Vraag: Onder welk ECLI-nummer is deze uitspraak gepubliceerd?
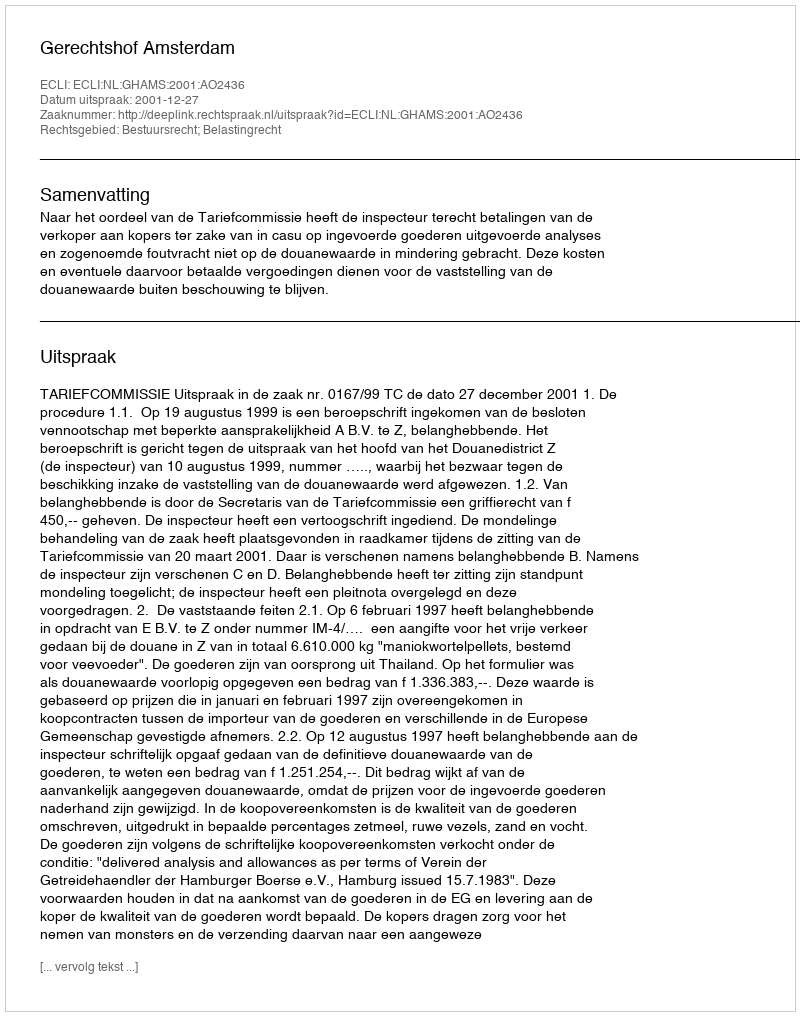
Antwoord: ECLI:NL:GHAMS:2001:AO2436